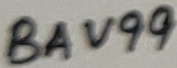
Text: BAV99